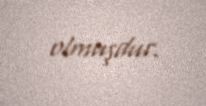
olmuşdur.